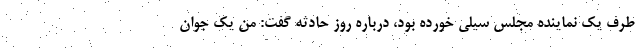
طرف یک نماینده مجلس سیلی خورده بود، درباره روز حادثه گفت: من یک جوان